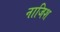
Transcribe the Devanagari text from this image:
नाजिश